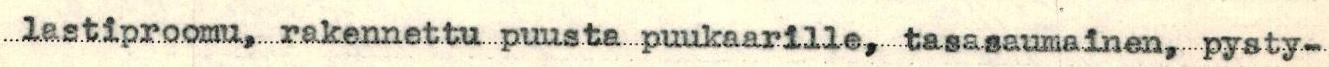
lastiproomu, rakennettu puusta puukaarille, tasasaumainen, pysty-